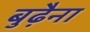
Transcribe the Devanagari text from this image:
बुढ़ैना